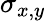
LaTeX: \sigma_{x,y}